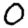
Digit: 0